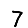
Digit: 7